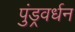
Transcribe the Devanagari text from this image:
पुंड्रवर्धन